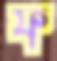
ফ